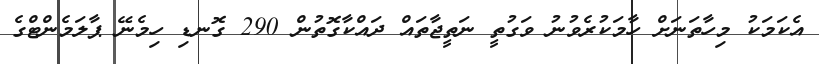
އެކަމަކު މިހާތަނަށް ހާމަކުރެވުނު ވަގުތީ ނަތީޖާތައް ދައްކާގޮތުން 290 ގޮނޑި ހިމެނޭ ޕާލަމެންޓްގެ